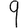
Digit: 9